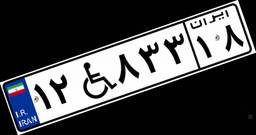
۱۵W۰۶۰۹۷